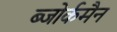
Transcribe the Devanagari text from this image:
ब्जोर्कमैन